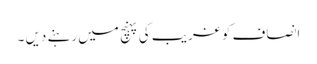
انصاف کو غریب کی پہنچ میں رہنے دیں ۔